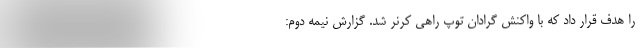
را هدف قرار داد که با واکنش گرادان توپ راهی کرنر شد. گزارش نیمه دوم: